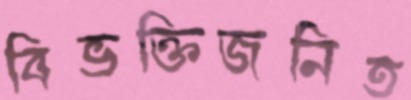
বিভক্তিজনিত